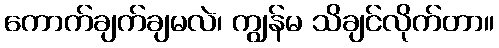
ကောက်ချက်ချမလဲ၊ ကျွန်မ သိချင်လိုက်တာ။